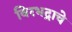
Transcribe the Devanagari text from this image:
विरभद्राचे